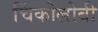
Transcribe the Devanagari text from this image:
चिंकोलोबी